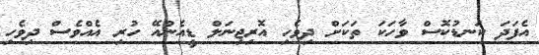
އެފަދަ ކަނޑުކޮސް ވާހަކަ ތަކަށް ދިވެހި އޮރިޖިނަލް ޑީއެންއޭ ހުރި އެއްވެސް ދިވެހި